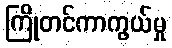
ကြိုတင်ကာကွယ်မှု